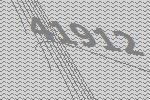
41912